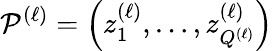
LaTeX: \mathcal{P}^{(\ell)}=\left(z_{1}^{(\ell)},\ldots,z_{Q^{(\ell)}}^{(\ell)}\right)